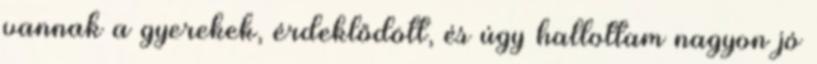
vannak a gyerekek, érdeklődött, és úgy hallottam nagyon jó